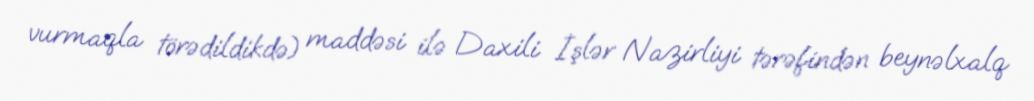
vurmaqla törədildikdə) maddəsi ilə Daxili İşlər Nazirliyi tərəfindən beynəlxalq